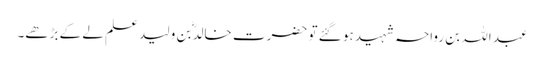
عبد اللہ بن رواحہ شہید ہو گئے تو حضرت خالدؓ بن ولید علم لے کے بڑھے۔